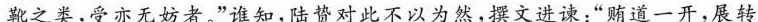
靴之类，受亦无妨者。”谁知，陆贽对此不以为然，撰文进谏：”贿道一开，展转